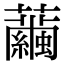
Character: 𧅆